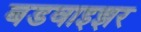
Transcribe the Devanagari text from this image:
बडवाइझर